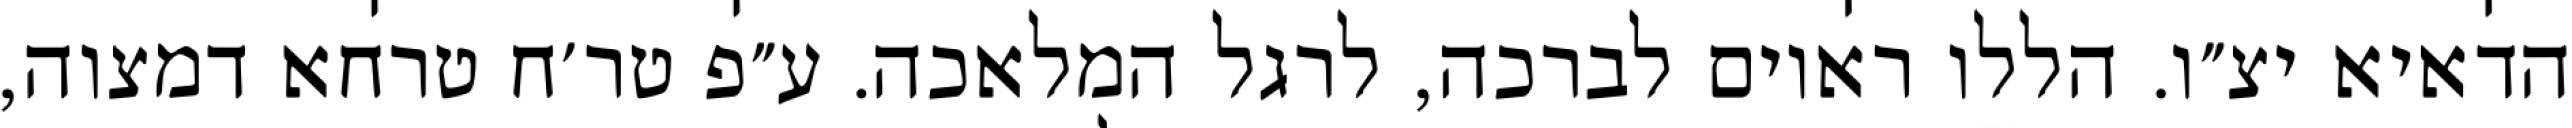
הדאיא יצ״ו. הללו ראוים לברכה, לרגל המלאכה. ע״פ טר׳ח טרחא דמצוה,